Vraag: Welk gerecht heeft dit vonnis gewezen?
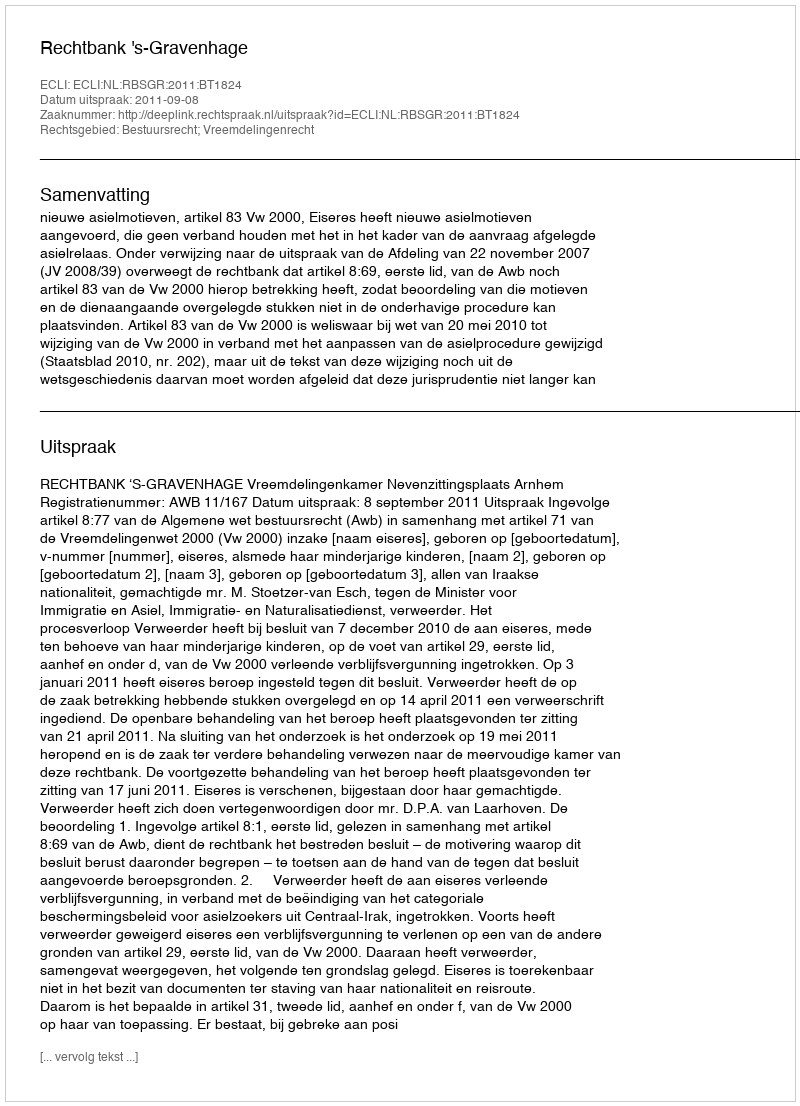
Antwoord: Rechtbank 's-Gravenhage